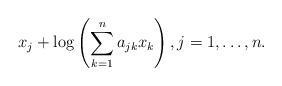
LaTeX: \begin{align*}x_j + \log\left(\sum_{k=1}^n a_{jk}x_k\right), j=1,\ldots,n.\end{align*}